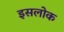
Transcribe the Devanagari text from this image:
इसलोक